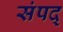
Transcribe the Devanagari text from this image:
संपद्